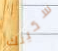
سكينك